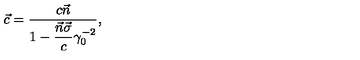
\vec { c } = \frac { c \vec { n } } { 1 - \displaystyle \frac { \vec { n } \vec { \sigma } } { c } \gamma _ { 0 } ^ { - 2 } } ,